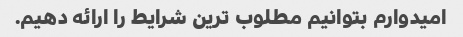
امیدوارم بتوانیم مطلوب ترین شرایط را ارائه دهیم.